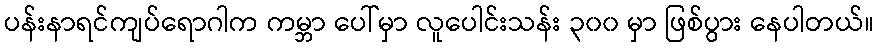
ပန်းနာရင်ကျပ်ရောဂါက ကမ္ဘာ ပေါ်မှာ လူပေါင်းသန်း ၃၀၀ မှာ ဖြစ်ပွား နေပါတယ်။